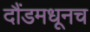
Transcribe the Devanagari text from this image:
दौंडमधूनच